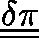
\underline { { \underline { { \mathbf { \delta \pi } } } } }